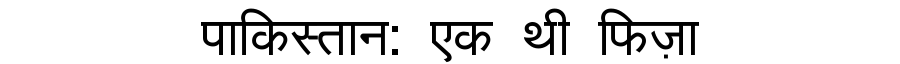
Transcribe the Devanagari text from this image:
पाकिस्तान: एक थी फिज़ा